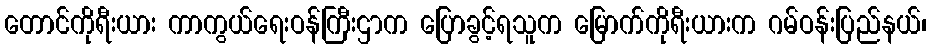
တောင်ကိုရီးယား ကာကွယ်ရေးဝန်ကြီးဌာက ပြောခွင့်ရသူက မြောက်ကိုရီးယားက ဂမ်ဝန်းပြည်နယ်၊